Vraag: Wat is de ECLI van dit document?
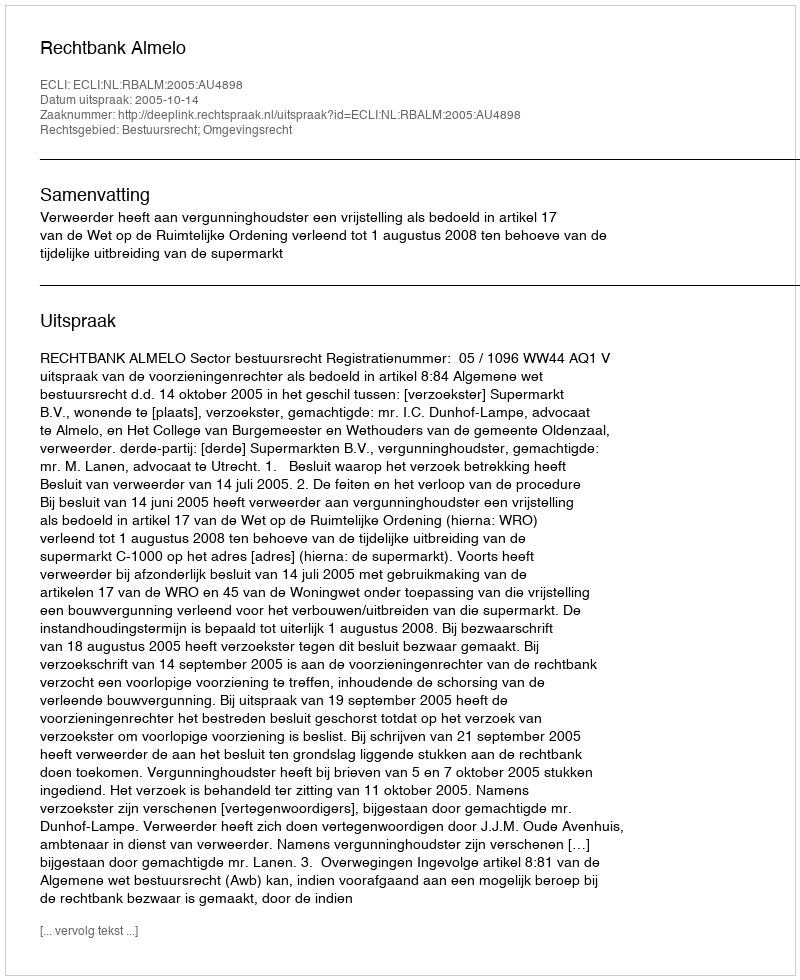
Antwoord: ECLI:NL:RBALM:2005:AU4898